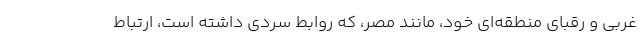
غربی و رقبای منطقه‌ای خود، مانند مصر، که روابط سردی داشته است، ارتباط